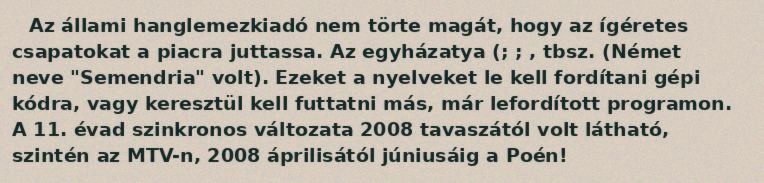
Az állami hanglemezkiadó nem törte magát, hogy az ígéretes csapatokat a piacra juttassa. Az egyházatya (; ; , tbsz. (Német neve "Semendria" volt). Ezeket a nyelveket le kell fordítani gépi kódra, vagy keresztül kell futtatni más, már lefordított programon. A 11. évad szinkronos változata 2008 tavaszától volt látható, szintén az MTV-n, 2008 áprilisától júniusáig a Poén!